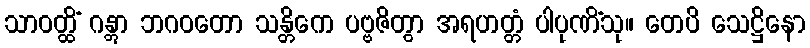
သာဝတ္ထိံ ဂန္တွာ ဘဂဝတော သန္တိကေ ပဗ္ဗဇိတွာ အရဟတ္တံ ပါပုဏိံသု။ တေပိ သေဋ္ဌိနော